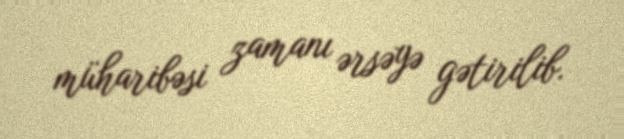
müharibəsi zamanı ərsəyə gətirilib.